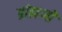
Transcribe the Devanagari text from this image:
ब्रांह्मणों